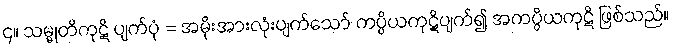
၄။ သမ္မုတိကုဋိ ပျက်ပုံ = အမိုးအားလုံးပျက်သော် ကပ္ပိယကုဋိပျက်၍ အကပ္ပိယကုဋိ ဖြစ်သည်။